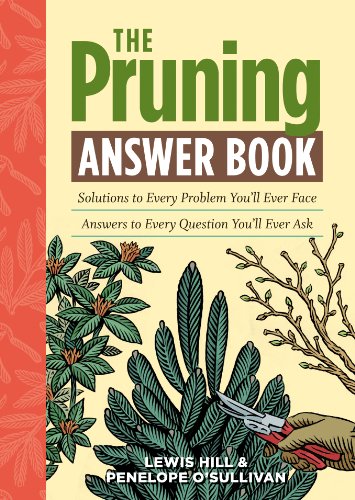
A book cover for The Pruning Answer Book: Solutions to Every Problem You'll Ever Face; Answers to Every Question You'll Ever Ask (Answer Book (Storey)); Lewis Hill; Crafts, Hobbies & Home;